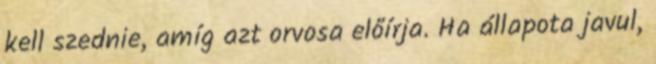
kell szednie, amíg azt orvosa előírja. Ha állapota javul,